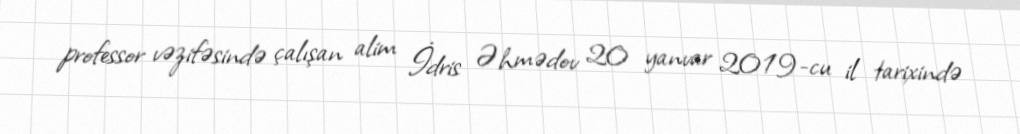
professor vəzifəsində çalışan alim İdris Əhmədov 20 yanvar 2019-cu il tarixində